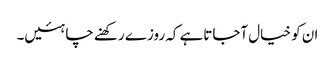
ان کو خیال آجاتاہے کہ روزے رکھنے چاہئیں۔